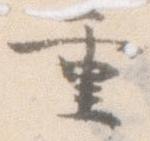
重